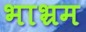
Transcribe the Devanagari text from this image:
भाभ्रम